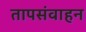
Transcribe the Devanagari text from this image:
तापसंवाहन